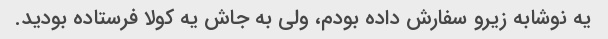
یه نوشابه زیرو سفارش داده بودم، ولی به جاش یه کولا فرستاده بودید.